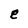
Character: e